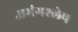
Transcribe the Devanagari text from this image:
अभंगश्लेष